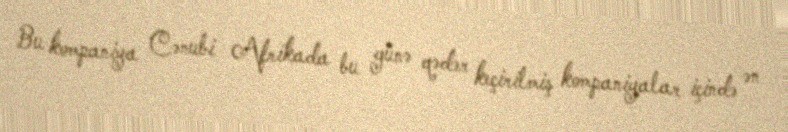
Bu kompaniya Cənubi Afrikada bu günə qədər keçirilmiş kompaniyalar içində ən